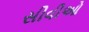
સીવીઓ